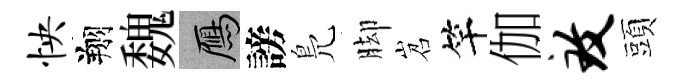
怏翔魏鴈謗鳬脚岧竿伽致頭